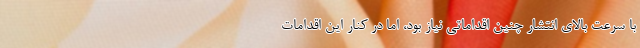
با سرعت بالای انتشار چنین اقداماتی نیاز بود، اما در کنار این اقدامات